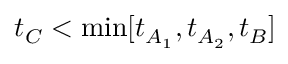
t _ { C } < \mathrm { m i n } [ t _ { A _ { 1 } } , t _ { A _ { 2 } } , t _ { B } ]